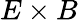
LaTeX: E\times B